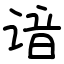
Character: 谙